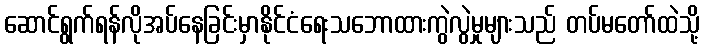
ဆောင်ရွက်ရန်လိုအပ်နေခြင်းမှာနိုင်ငံရေးသဘောထားကွဲလွဲမှုများသည် တပ်မတော်ထဲသို့